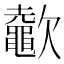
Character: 𣤶